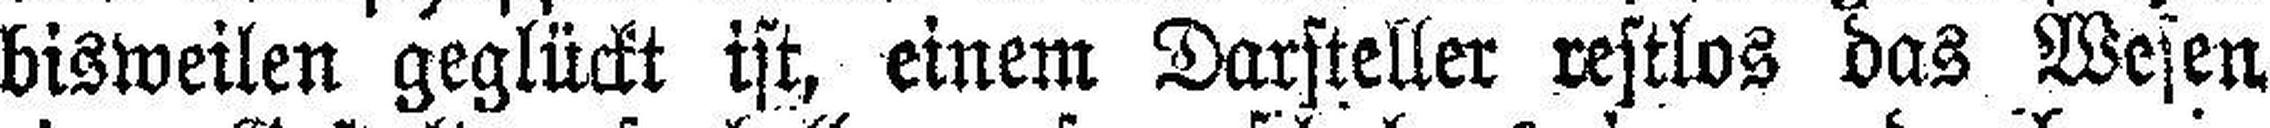
bisweilen geglückt ist, einem Darsteller restlos das Wesen